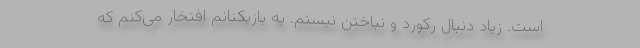
است. زیاد دنبال رکورد و نباختن نیستم. به بازیکنانم افتخار می‌کنم که